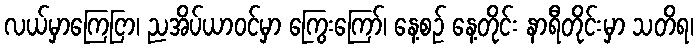
လယ်မှာကြေငြာ၊ ညအိပ်ယာဝင်မှာ ကြွေးကြော်၊ နေ့စဉ် နေ့တိုင်း နာရီတိုင်းမှာ သတိရ၊